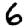
Digit: 6